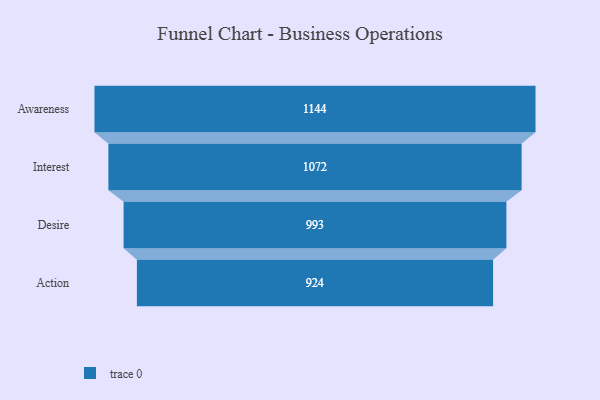
{"axis": {"x": "Stage", "y": "Value"}, "legend": [""], "data": [{"x": "Awareness", "y": 1144.0, "type": ""}, {"x": "Interest", "y": 1072.0, "type": ""}, {"x": "Desire", "y": 993.0, "type": ""}, {"x": "Action", "y": 924.0, "type": ""}]}